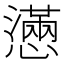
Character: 懣